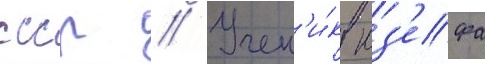
ссср // Учен'и́к юз'ефа